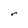
Character: r